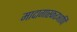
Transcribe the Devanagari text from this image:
मादागास्करआणि